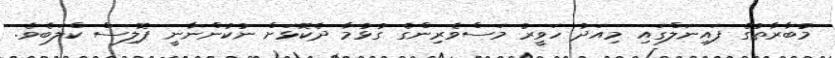
މުބާރާތުގެ ފައިނަލްގައި މިއަދު ހަވީރު މަސްވެރިންގެ ގުޅުމާ ދެކޮޅަށް ނުކުންނާނީ ޕޮލިސް ކްލަބެވެ.